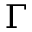
\Gamma